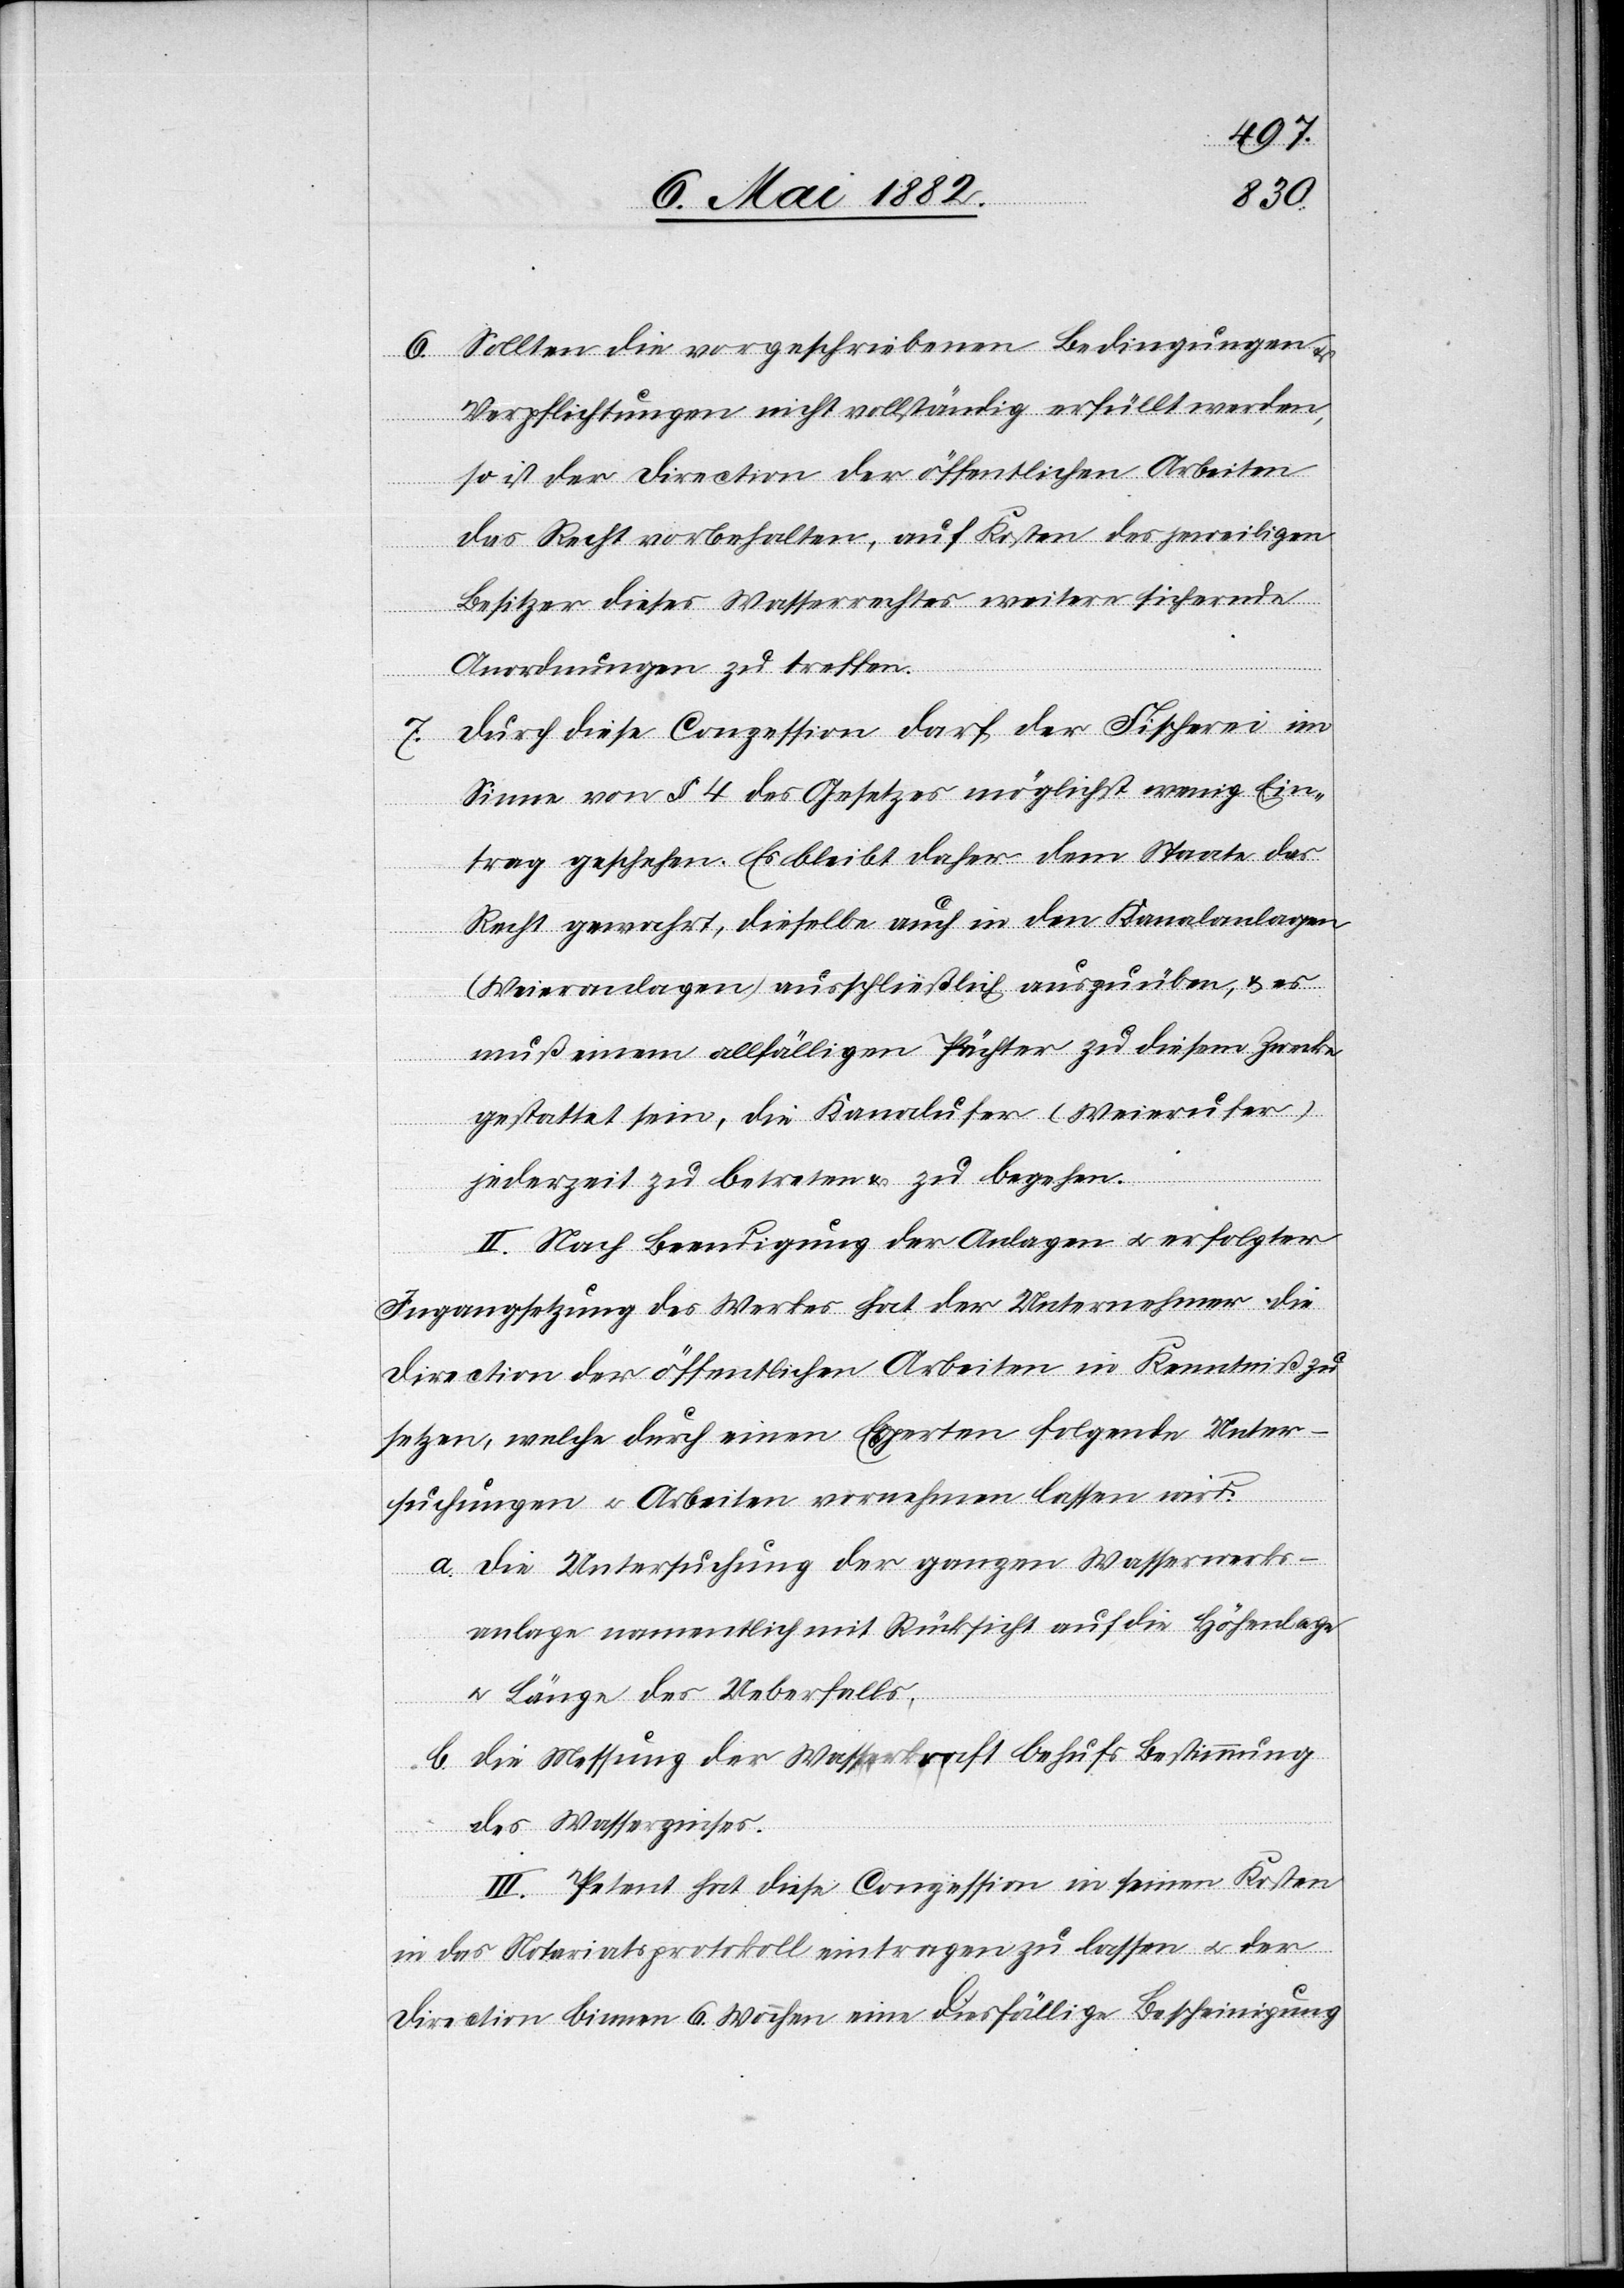
6. Sollten die vorgeschriebenen Bedingungen u.
Verpflichtungen nicht vollständig erfüllt werden,
so ist der Direction der öffentlichen Arbeiten
das Recht vorbehalten, auf Kosten des jeweiligen
Besitzers dieses Wasserrechtes weitere sichernde
Anordnungen zu treffen.
7. Durch diese Conzession darf der Fischerei im
Sinne von § 4 des Gesetzes möglichst wenig Ein¬
trag geschehen. Es bleibt daher dem Staate das
Recht gewahrt, dieselbe auch in den Kanalanlagen
(Weieranlagen) ausschließlich auszuüben, & es
muß einem allfälligen Pächter zu diesem Zwecke
gestattet sein, die Kanalufer (Weierufer)
jederzeit zu betreten & zu begehen.
II. Nach Beendigung der Anlage u. erfolgter
Ingangsetzung des Werkes hat der Unternehmer die
Direction der öffentlichen Arbeiten in Kenntniß zu
setzen, welche durch einen Experten folgende Unter¬
suchungen u. Arbeiten vornehmen lassen wird.
a. Die Untersuchung der ganzen Wasserwerks¬
anlage namentlich mit Rücksicht auf die Höhenlage
u. Länge des Ueberfalles,
b. die Messung der Wasserkraft behufs Bestimmung
des Wasserzinses.
III. Petent hat diese Conzession in seinen Kosten
in das Notariatsprotokoll eintragen zu lassen u. der
Direction binnen 6 Wochen eine diesfällige Bescheinigung